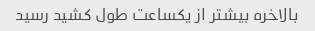
بالاخره بیشتر از یکساعت طول کشید رسید